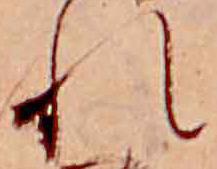
れ